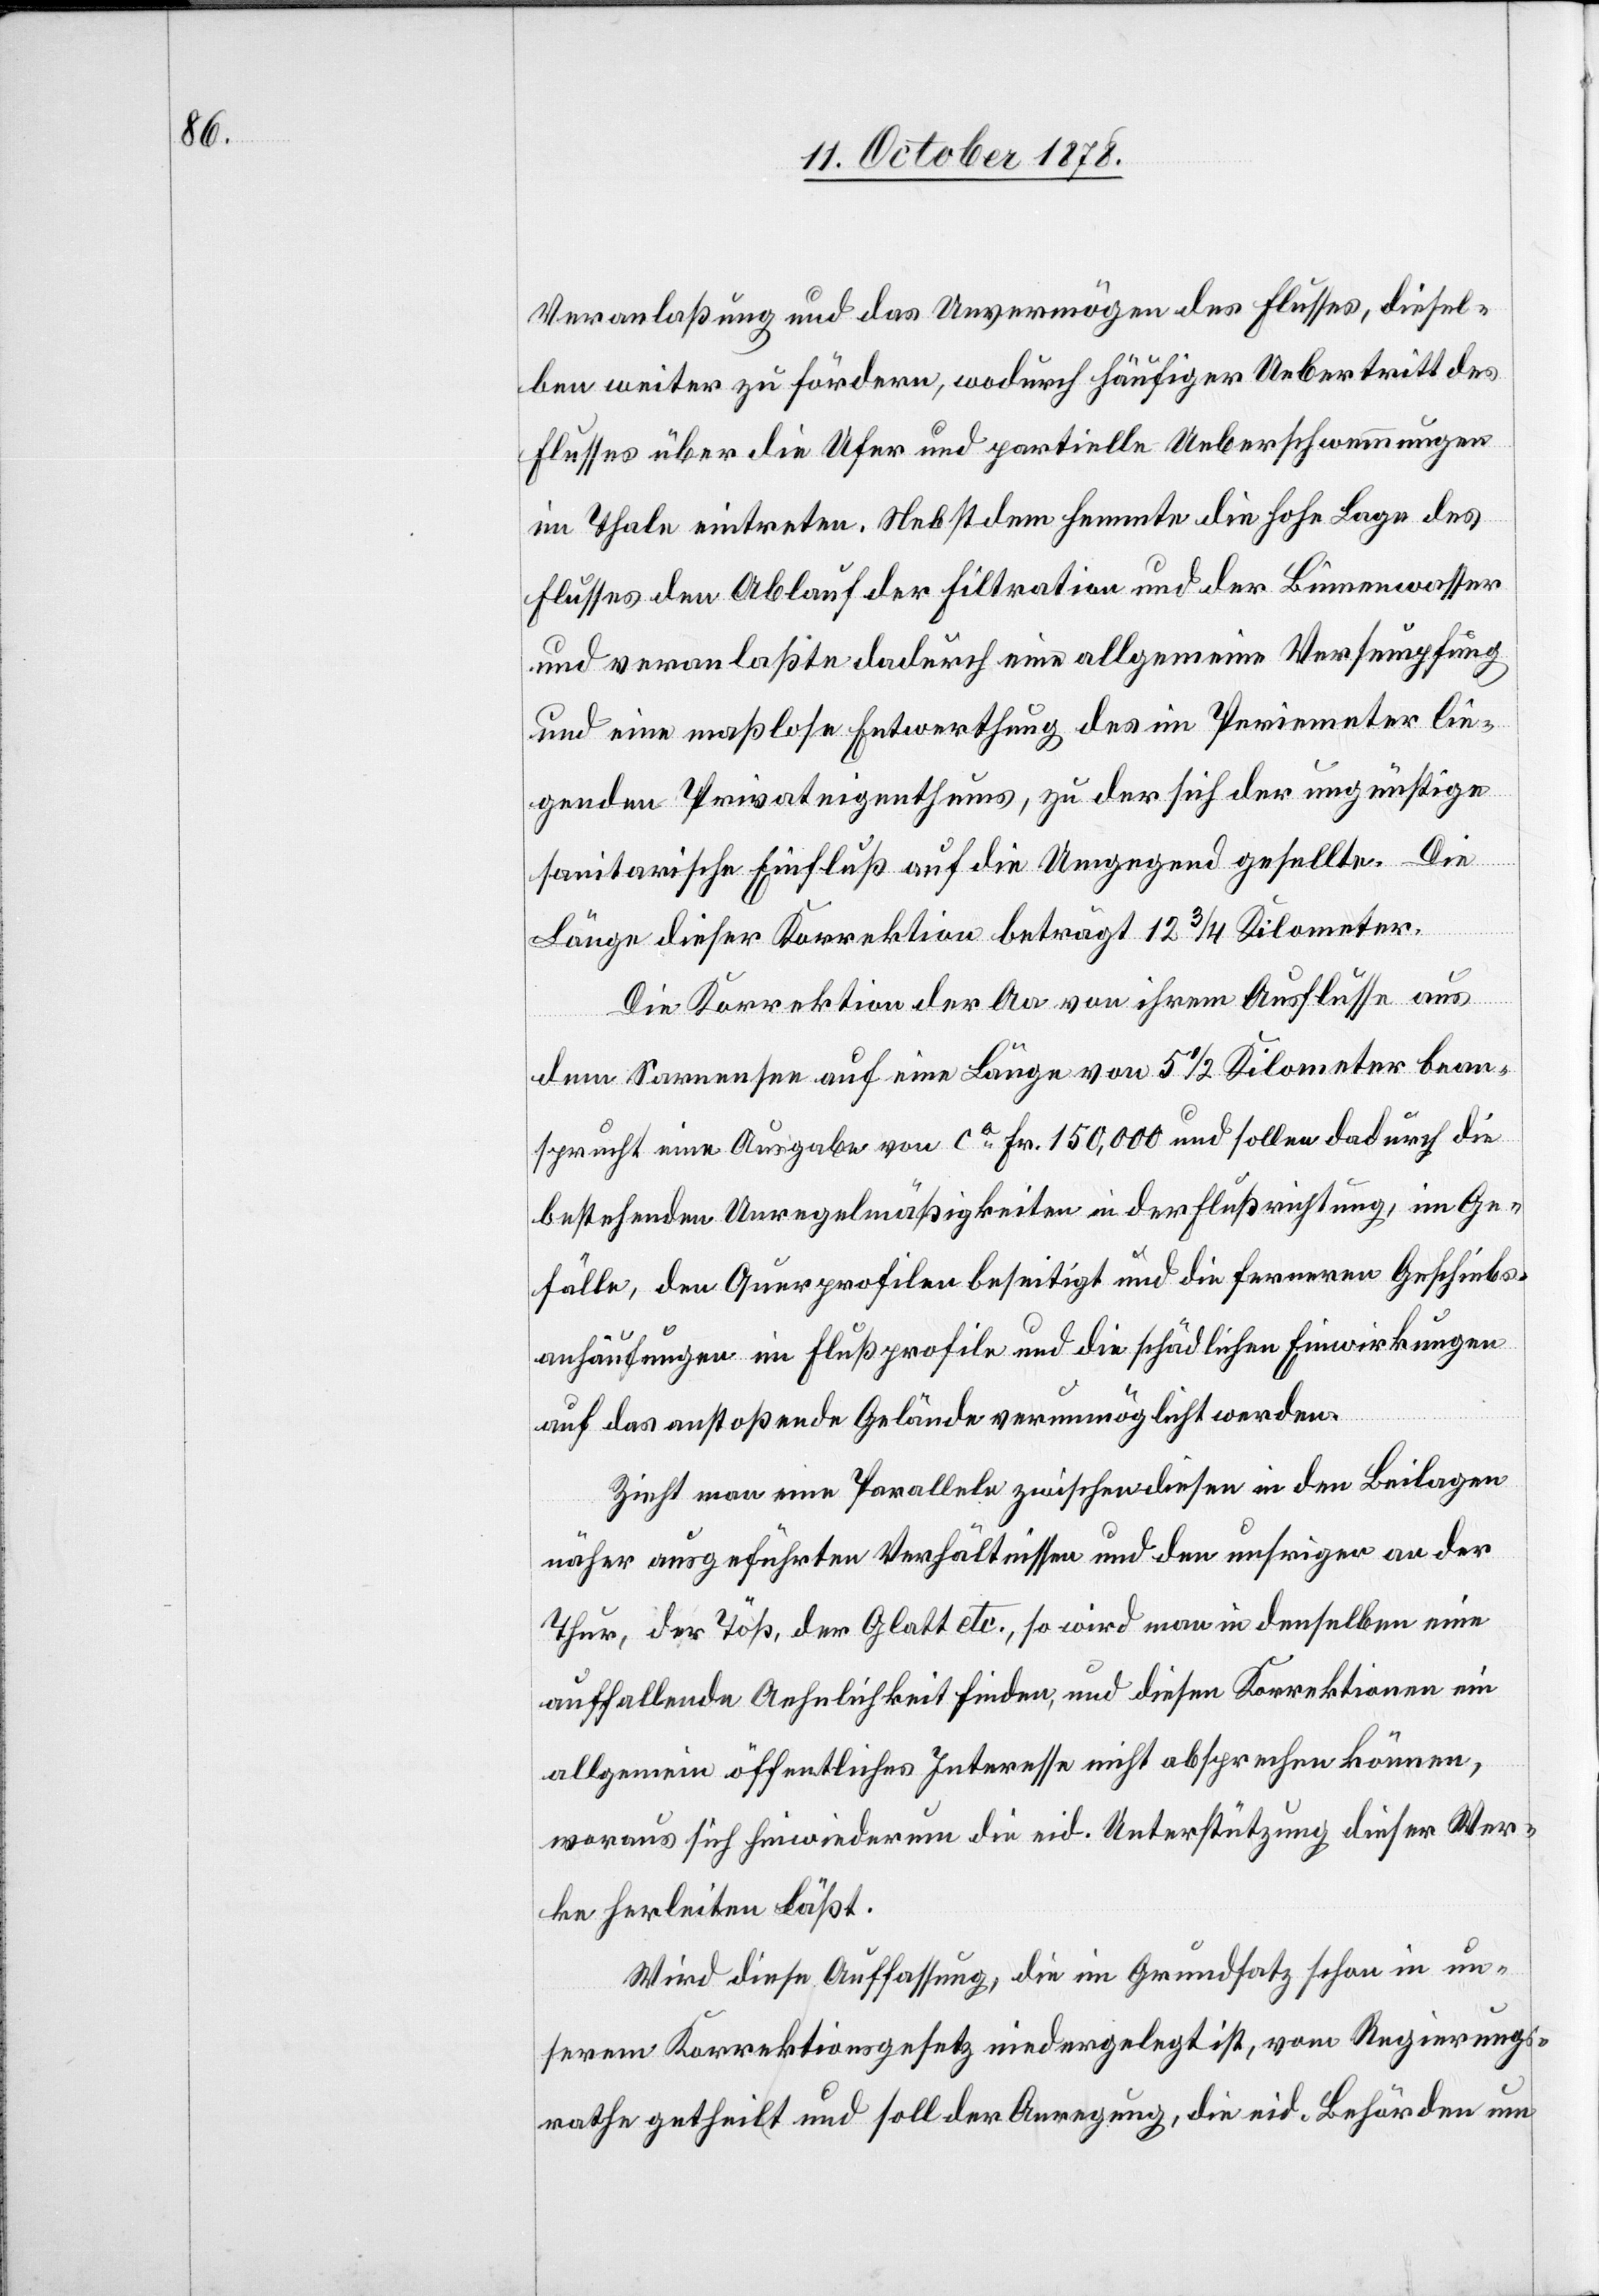
Veranlaßung und das Unvermögen des Flusses, diesel¬
ben weiter zu fördern, wodurch häufiger Uebertritt des
Flusses über die Ufer und partielle Ueberschwemmungen
im Thale eintreten. Nebst dem hemmte die hohe Lage des
Flusses den Ablauf der Filtration und der Binnenwasser
und veranlaßte dadurch eine allgemeine Versumpfung
und eine maßlose Entwerthung des im Perimeter lie¬
genden Privateigenthums, zu der sich der ungünstige
sanitarische Einfluß auf die Umgegend gesellte. Die
Länge dieser Korrektion beträgt 12 3/4 Kilometer.
Die Korrektion der Aa von ihrem Ausflusse aus
dem Sarnensee auf eine Länge von 5 1/2 Kilometer bean¬
sprucht eine Ausgabe von ca Fr. 150,000 und sollen dadurch die
bestehenden Unregelmäßigkeiten in der Flußrichtung, im Ge¬
fälle, den Querprofilen beseitigt und die ferneren Geschiebs¬
anhäufungen im Flußprofile und die schädlichen Einwirkungen
auf das anstoßende Gelände verunmöglicht werden.
Zieht man eine Parallele zwischen diesen in den Beilagen
näher ausgeführten Verhältnissen und den unsrigen an der
Thur, der Töß, der Glatt etc., so wird man in denselben eine
auffallende Aehnlichkeit finden, und diesen Korrektionen ein
allgemein öffentliches Interesse nicht absprechen können,
woraus sich hinwiederum die eid. Unterstützung dieser Wer¬
ke herleiten läßt.
Wird diese Auffassung, die im Grundsatz schon in un¬
serem Korrektionsgesetz niedergelegt ist, vom Regierungs¬
rathe getheilt und soll der Anregung, die eid. Behörden um